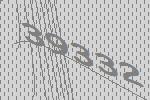
39332